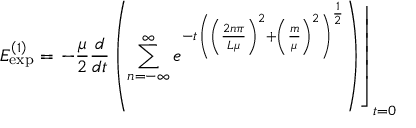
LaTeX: E _ { \exp } ^ { \left( 1 \right) } = \left. - \frac \mu 2 \frac d { d t } \left( \sum _ { n = - \infty } ^ { \infty } e ^ { - t \left( \left( \frac { 2 n \pi } { L \mu } \right) ^ { 2 } + \left( \frac m \mu \right) ^ { 2 } \right) ^ { \frac 1 2 } } \right) \right\rfloor _ { t = 0 }